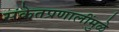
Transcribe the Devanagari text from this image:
संकेतप्रणालींमुळे